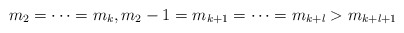
\begin{align*}m_2=\cdots= m_k, m_2-1=m_{k+1}=\cdots=m_{k+l}>m_{k+l+1}\end{align*}